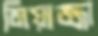
মিয়াজ্জা